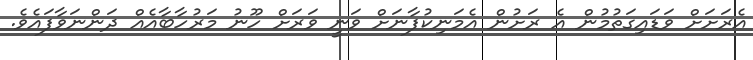
އެރަށަށް ވަޑައިގަތުމުން އެ ރަށުން އެމަނިކުފާނަށް ވަނީ ވަރަށް ހޫނު މަރުހާބާއެއް ދަންނަވާފައެވެ.